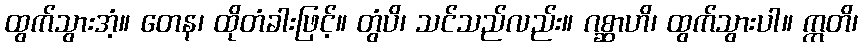
ထွက်သွားအံ့။ တေန၊ ထိုတံခါးဖြင့်။ တွံပိ၊ သင်သည်လည်း။ ဂစ္ဆာဟိ၊ ထွက်သွားပါ။ ဣတိ၊